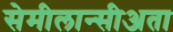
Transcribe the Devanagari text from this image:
सेमीलान्सीअता